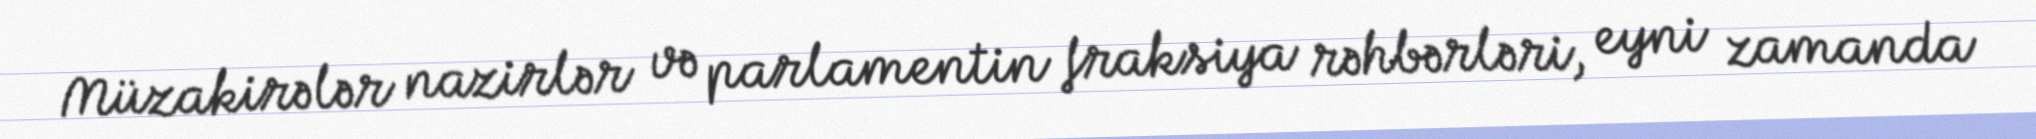
Müzakirələr nazirlər və parlamentin fraksiya rəhbərləri, eyni zamanda